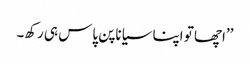
’’اچھا تو اپنا سیاناپن پاس ہی رکھ۔